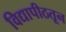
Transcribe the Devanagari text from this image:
विद्यापीठतून